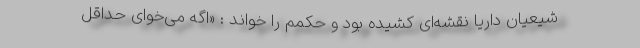
شیعیان داریا نقشه‌ای کشیده بود و حکمم را خواند : «اگه می‌خوای حداقل